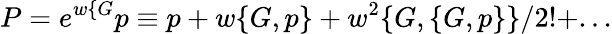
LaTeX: P=e^{w\{ G}p\equiv p+w\{ G,p\} +w^{2}\{ G,\{ G,p\} \} /2!+...